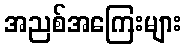
အညစ်အကြေးများ